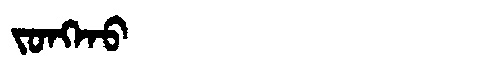
Manchu: ᠵᠣᠩᡴᠣ
Romanization: JONGKO